Tezpur Lunatic Asylum reports 1877-1894 - 1877-1894
Year: 1877
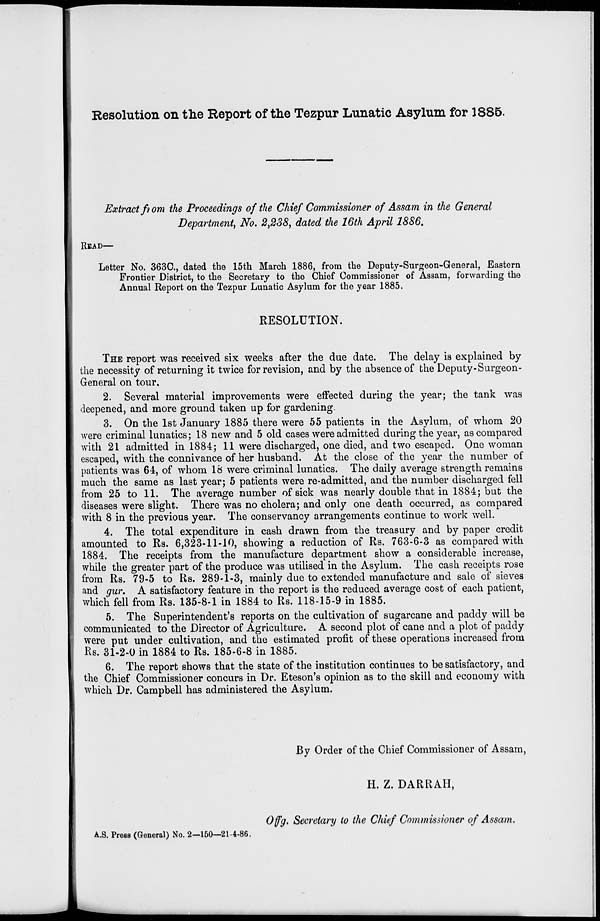
Resolution on the Report of the Tezpur Lunatic Asylum for 1885.
Extract fiom the Proceedings of the Chief Commissioner of Assam in the General
Department, No. 2,238, dated the 16th April 18S6.
READ—
Letter No. 363C, dated the 15th March 1886, from the Deputy-Surgeon-General, Eastern
Frontier District, to the Secretary to the Chief Commissioner of Assam, forwarding the
Annual Report on the Tezpur Lunatic Asylum for the year 1885.
RESOLUTION.
THE report was received six weeks after the due date. The delay is explained by
the necessity of returning it twice for revision, and by the absence of the Deputy-Surgeon-
General on tour,
2. Several material improvements were effected during the year; the tank was
deepened, and more ground taken up for gardening.
3. On the 1st January 1885 there were 55 patients in the Asylum, of whom 20
were criminal lunatics; 18 new and 5 old cases were admitted during the year, as compared
with 21 admitted in 1884; 11 were discharged, one died, and two escaped. One woman
escaped, with the connivance of her husband. At the close of the year the number of
patients was 64, of whom 18 were criminal lunatics. The daily average strength remains
much the same as last year; 5 patients were re-admitted, and the number discharged fell
from 25 to 11. The average number of sick was nearly double that in 1884; but the
diseases were slight. There was no cholera; and only one death occurred, as compared
with 8 in the previous year. The conservancy arrangements continue to work well.
4. The total expenditure in cash drawn from the treasury and by paper credit
amounted to Rs. 6,323-11-10, showing a reduction of Rs. 763-6-3 as compared with
1884. The receipts from the manufacture department show a considerable increase,
while the greater part of the produce was utilised in the Asylum. The cash receipts rose
from Rs. 79-5 to Rs. 289-1-3, mainly due to extended manufacture and sale of sieves
and gur. A satisfactory feature in the report is the reduced average cost of each patient,
which fell from Rs. 135-8-1 in 1884 to Rs. 118-15-9 in 1885.
5. The Superintendent's reports on the cultivation of sugarcane and paddy will be
communicated to the Director of Agriculture. A second plot of cane and a plot of paddy
were put under cultivation, and the estimated profit of these operations increased from
Rs. 31-2-0 in 1884 to Rs. 185-6-8 in 1885.
6. The report shows that the state of the institution continues to be satisfactory, and
the Chief Commissioner concurs in Dr. Eteson's opinion as to the skill and economy with
which Dr. Campbell has administered the Asylum.
By Order of the Chief Commissioner of Assam,
H. Z. DARRAH,
Ofig. Secretary to the Chief Commissioner of Assam.
A.S. Press (General) No. 2—150—21-4-86.